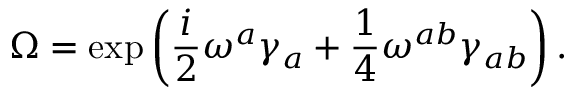
\Omega = \exp \left( \frac { i } { 2 } \omega ^ { a } \gamma _ { a } + \frac { 1 } { 4 } \omega ^ { a b } \gamma _ { a b } \right) .